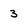
Character: 3